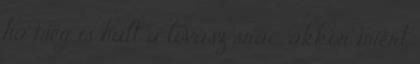
ha meg is halt a lovász srác, akkor miért